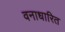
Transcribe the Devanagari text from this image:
वनाधारित